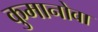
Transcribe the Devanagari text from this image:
कुमानोवा